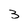
Character: 3